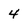
Character: 4